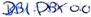
Text: DB1.DBX 0.0